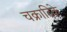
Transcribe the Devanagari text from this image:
चक्रादिके